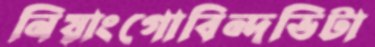
নিয়াংগোবিন্দভিটা